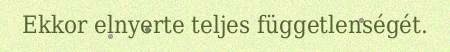
Ekkor elnyerte teljes függetlenségét.